First report of the anti-malarial operations at Mian Mir, 1901-1903 - Number 6
Year: 1901
Disease focus: Malaria
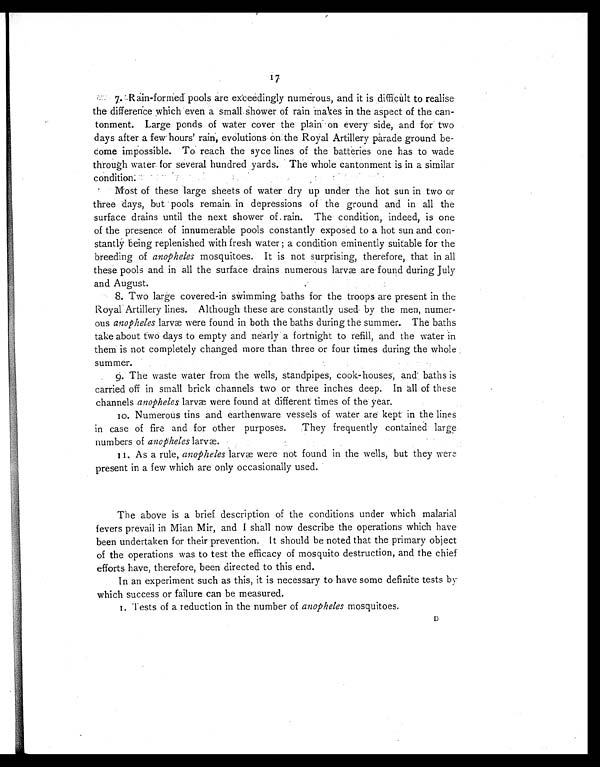
17
7. Rain-formed pools are exceedingly numerous, and it is diffícùlt to realise
the difference which even a small shower of rain makes in the aspect of the can-
tonment. Large ponds of water cover the plain on every side, and for two
days after a few hours' rain, evolutions on the Royal Artillery parade ground be-
-
come impossible. To reach the syce lines of the batteries one has to wade
through water, for several hundred yards. The whole cantonment is in a similar
condition:
Most of these large sheets of water dry up under the hot sun in two or
three days, but pools remain in depressions of the ground and in all the
surface drains until the next shower of rain. The condition, indeed, is one
of the presence of innumerable pools constantly exposed to a hot sun and
con-
stantly being replenished with fresh water ; a condition eminently suitable for the
breeding of anopheles mosquitoes. It is not surprising, therefore, that in all
these pools and in all the surface drains numerous larvæ are found during July
and August.
8. Two large covered-in swimming baths for the troops are present in the
Royal Artillery lines. Although these are constantly used. by the men, numer-
-
ous anopheles larvæ were found in both the baths during the summer. The baths
take about two days to empty and nearly a fortnight to refill, and the water in
them is not completely changed more than three or four times during the whole
summer.
9. The waste water from the wells, standpipes, cook-houses, and, baths is
carried off in small brick channels two or three inches deep. In all of these
channels anopheles larvæ were found at different times of the year.
10. Numerous tins and earthenware vessels of water are kept in the lines
in case of fire and for other purposes. They frequently contained large
numbers of anopheles larvæ.
11. As a rule, anopheles larvæ were not found in the wells, but they were
present in a few which are only occasionally used.
The above is a brief description of the conditions under which malarial
fevers prevail in Mian Mir, and I shall now describe the operations which have
been undertaken for their prevention. It should be noted that the primary object
of the operations was to test the efficacy of mosquito destruction, and the chief
efforts have, therefore, been directed to this end.
In an experiment such as this, it is necessary to have some definite tests by
which success or failure can be measured.
1. Tests of a reduction in the number of anopheles mosquitoes.